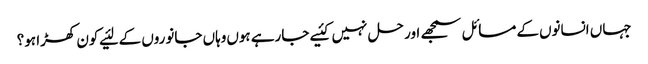
جہاں‌ انسانوں‌کے مسائل سمجھے اور حل نہیں‌کئیے جارہے ہوں‌وہاں‌ جانوروں‌ کے لئیے کون کھڑا ہو؟